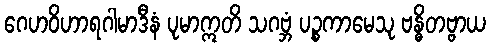
ဂေဟဝိဟာရဂါမာဒီနံ ပုမာဣတိ သဂဗ္ဘံ ပဉ္စကာမေသု ဗန္ဓိတဗ္ဗာယ